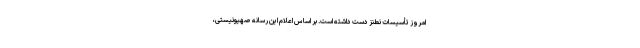
امروز تأسیسات نطنز دست داشته است. بر اساس اعلام این رسانه صهیونیستی،